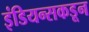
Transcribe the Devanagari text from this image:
इंडियन्सकडून